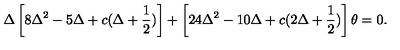
\Delta \left[ 8 \Delta ^ { 2 } - 5 \Delta + c ( \Delta + \frac { 1 } { 2 } ) \right] + \left[ 2 4 \Delta ^ { 2 } - 1 0 \Delta + c ( 2 \Delta + \frac { 1 } { 2 } ) \right] \theta = 0 .